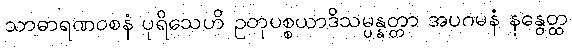
သာဓာရဏဝစနံ ပုရိသေဟိ ဥတုပစ္စယာဒိသမ္ပန္နတ္တာ အပဂမနံ နနွေတ္ထ